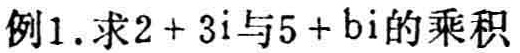
例1.求\(2 + 3i\)与\(5 + bi\)的乘积